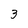
Character: 3